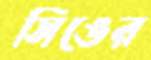
সিঙের